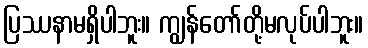
ပြဿနာမရှိပါဘူး။ ကျွန်တော်တို့မလုပ်ပါဘူး။